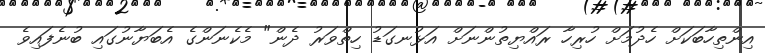
އިންތިހާބަކަށް ހެދުމަށް ހުރިހާ ރައްޔިތުންނަށް އަޅުނގަޑު ހިތްވަރު ދެން" މެކެނަންގެ އެބަޔާނުގައި ބުނެފައިވެ